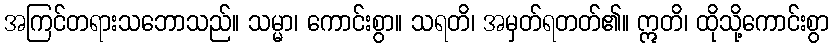
အကြင်တရားသဘောသည်။ သမ္မာ၊ ကောင်းစွာ။ သရတိ၊ အမှတ်ရတတ်၏။ ဣတိ၊ ထိုသို့ကောင်းစွာ